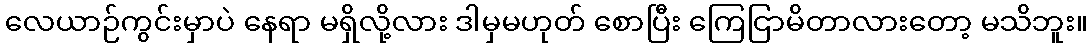
လေယာဉ်ကွင်းမှာပဲ နေရာ မရှိလို့လား ဒါမှမဟုတ် စောပြီး ကြေငြာမိတာလားတော့ မသိဘူး။